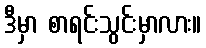
ဒီမှာ စာရင်းသွင်းမှာလား။